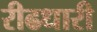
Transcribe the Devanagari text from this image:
रीढधारी